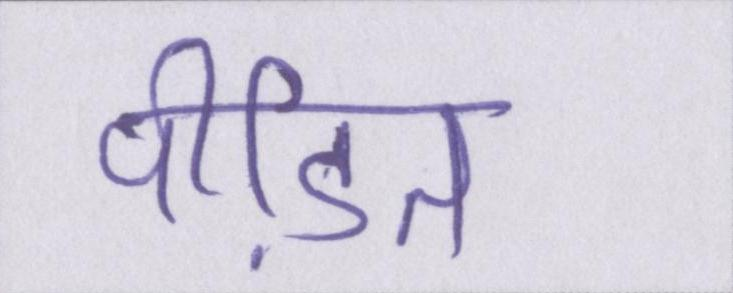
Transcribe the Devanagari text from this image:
पीडि़त